画像に写った文字を読んでください
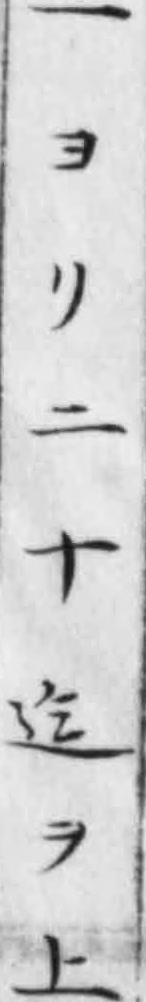
「一ヨリ二十迄ヲ上」と書いてあります